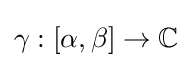
\gamma :[\alpha ,\beta ]\to \mathbb {C}